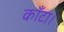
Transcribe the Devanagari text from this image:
काँटा।